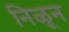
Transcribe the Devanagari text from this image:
निळून